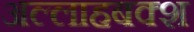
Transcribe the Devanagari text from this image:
अल्लाहबक्श